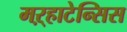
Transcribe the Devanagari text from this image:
मऱ्हाटेन्सिस